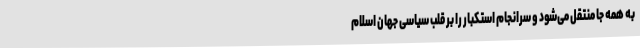
به همه جا منتقل می‌شود و سرانجام استکبار را بر قلب سیاسی جهان اسلام